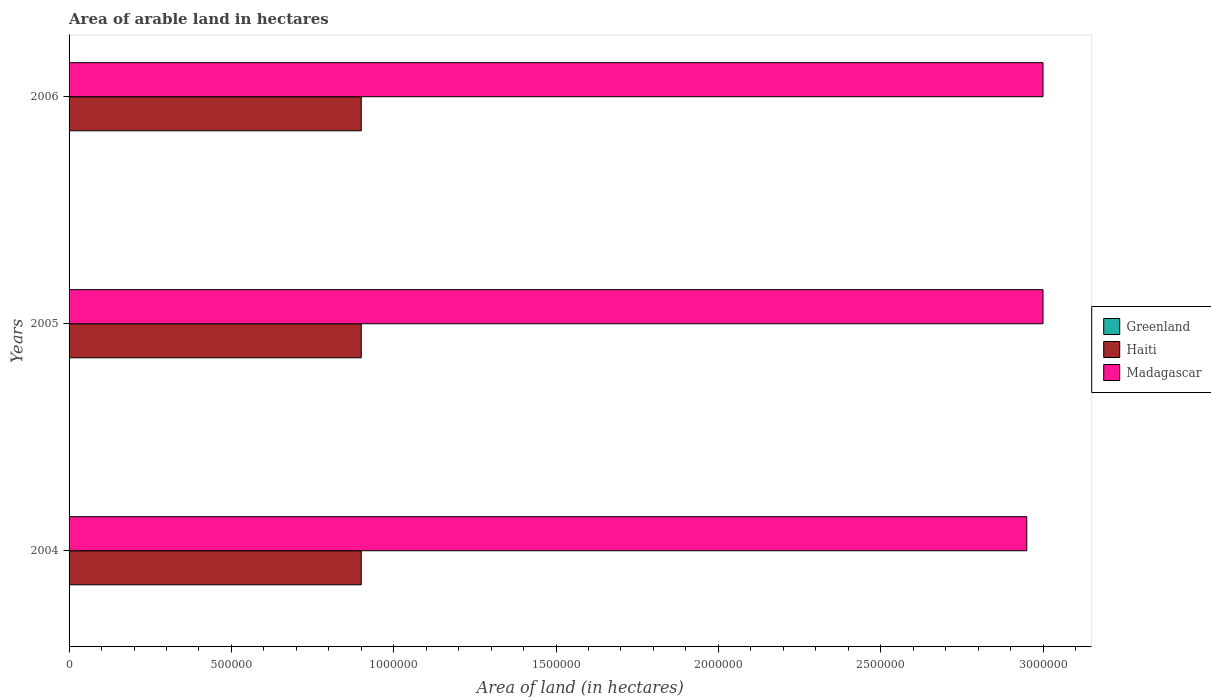
| Years | Greenland | Haiti | Madagascar |
 | --- | --- | --- | --- |
 | 2004 | 900 | 9e+05 | 2.95e+06 |
 | 2005 | 900 | 9e+05 | 3e+06 |
 | 2006 | 900 | 9e+05 | 3e+06 |